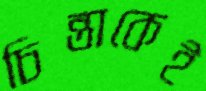
চিন্তাকেই